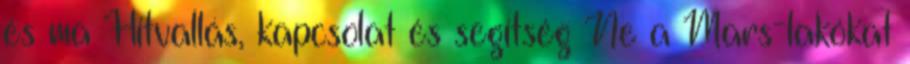
és ma Hitvallás, kapcsolat és segítség Ne a Mars-lakókat